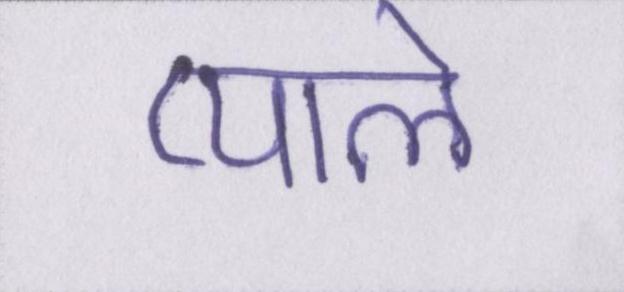
प्याले